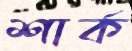
শার্ক